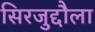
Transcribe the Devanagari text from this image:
सिरजुद्दौला